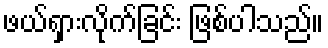
ဖယ်ရှားလိုက်ခြင်း ဖြစ်ပါသည်။